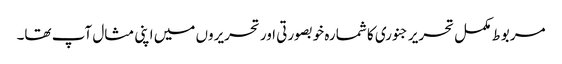
مربوط مکمل تحریر جنوری کا شمارہ خوبصورتی اور تحریروں میں اپنی مثال آپ تھا۔